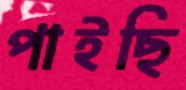
পাইছি